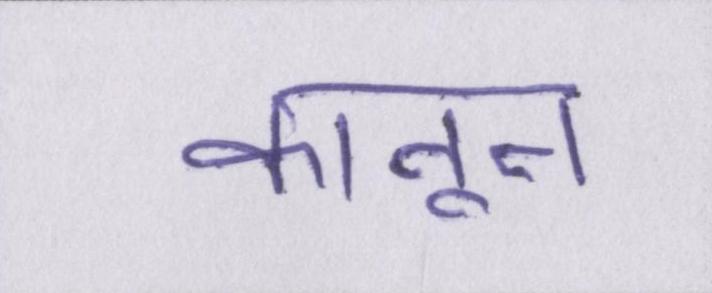
कानून